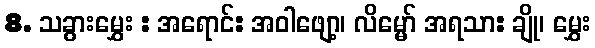
8. သခွားမွှေး : အရောင်: အဝါဖျော့၊ လိမ္မော် အရသာ: ချို၊ မွှေး